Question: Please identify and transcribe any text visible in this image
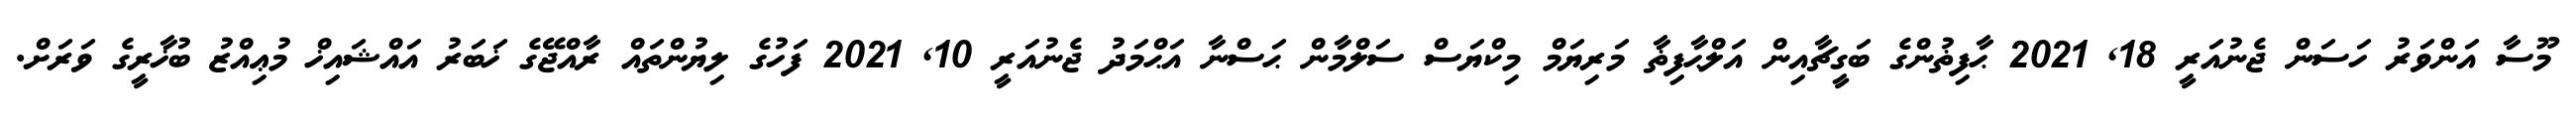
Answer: މޫސާ އަންވަރު ހަސަން ޖެނުއަރީ 18, 2021 ޙާފިޡުންގެ ބަގީޗާއިން އަލްޙާފިޡާ މަރިޔަމް މިކްޔަސް ސަލްމާން ޙަސްނާ އަޙްމަދު ޖެނުއަރީ 10, 2021 ފަހުގެ ލިޔުންތައް ރާއްޖޭގެ ޚަބަރު އައްޝައިޚް މުޢިއްޒު ބުޚާރީގެ ވަރަށް.